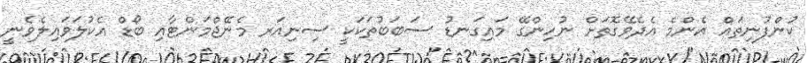
ކުންފުނިތައް އެންމެ އެދެވޭގޮތަށް ނުހިންގޭ މައިގަނޑު ސަބަބުތަކަކީ ސިނިއަރ މެނޭޖްމަންޓާއި ބޯޑް އެކުލަވައިލެވެނީ